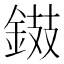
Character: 𨧾